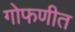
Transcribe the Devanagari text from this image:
गोफणीत